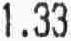
1.33